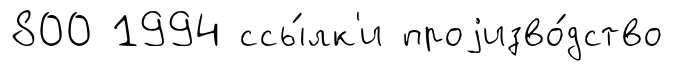
800 1994 ссы́лк'и проjизво́дство